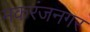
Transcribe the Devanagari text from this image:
मकरंजनगर